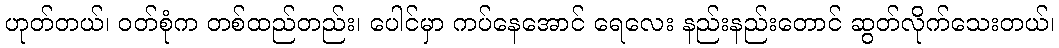
ဟုတ်တယ်၊ ဝတ်စုံက တစ်ထည်တည်း၊ ပေါင်မှာ ကပ်နေအောင် ရေလေး နည်းနည်းတောင် ဆွတ်လိုက်သေးတယ်၊